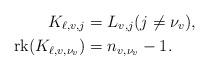
LaTeX: \begin{align*} K_{\ell,v,j}&=L_{v,j}(j\neq \nu_v),\\ \mathrm{rk}(K_{\ell,v,\nu_v}) &= n_{v,\nu_v}-1. \end{align*}